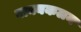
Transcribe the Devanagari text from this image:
वाक्यकलन